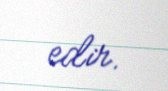
edir.